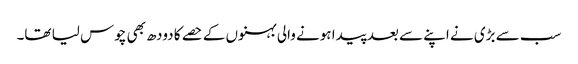
سب سے بڑی نے اپنے سے بعد پیدا ہونے والی بہنوں کے حصے کا دودھ بھی چوس لیا تھا۔